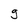
Character: g